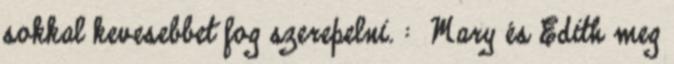
sokkal kevesebbet fog szerepelni. : Mary és Edith meg